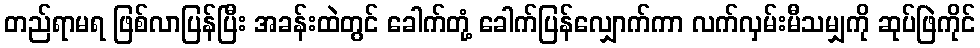
တည်ရာမရ ဖြစ်လာပြန်ပြီး အခန်းထဲတွင် ခေါက်တုံ့ ခေါက်ပြန်လျှောက်ကာ လက်လှမ်းမီသမျှကို ဆုပ်ဖြဲကိုင်